Leningradi_Edasi_toimetus, lk 16
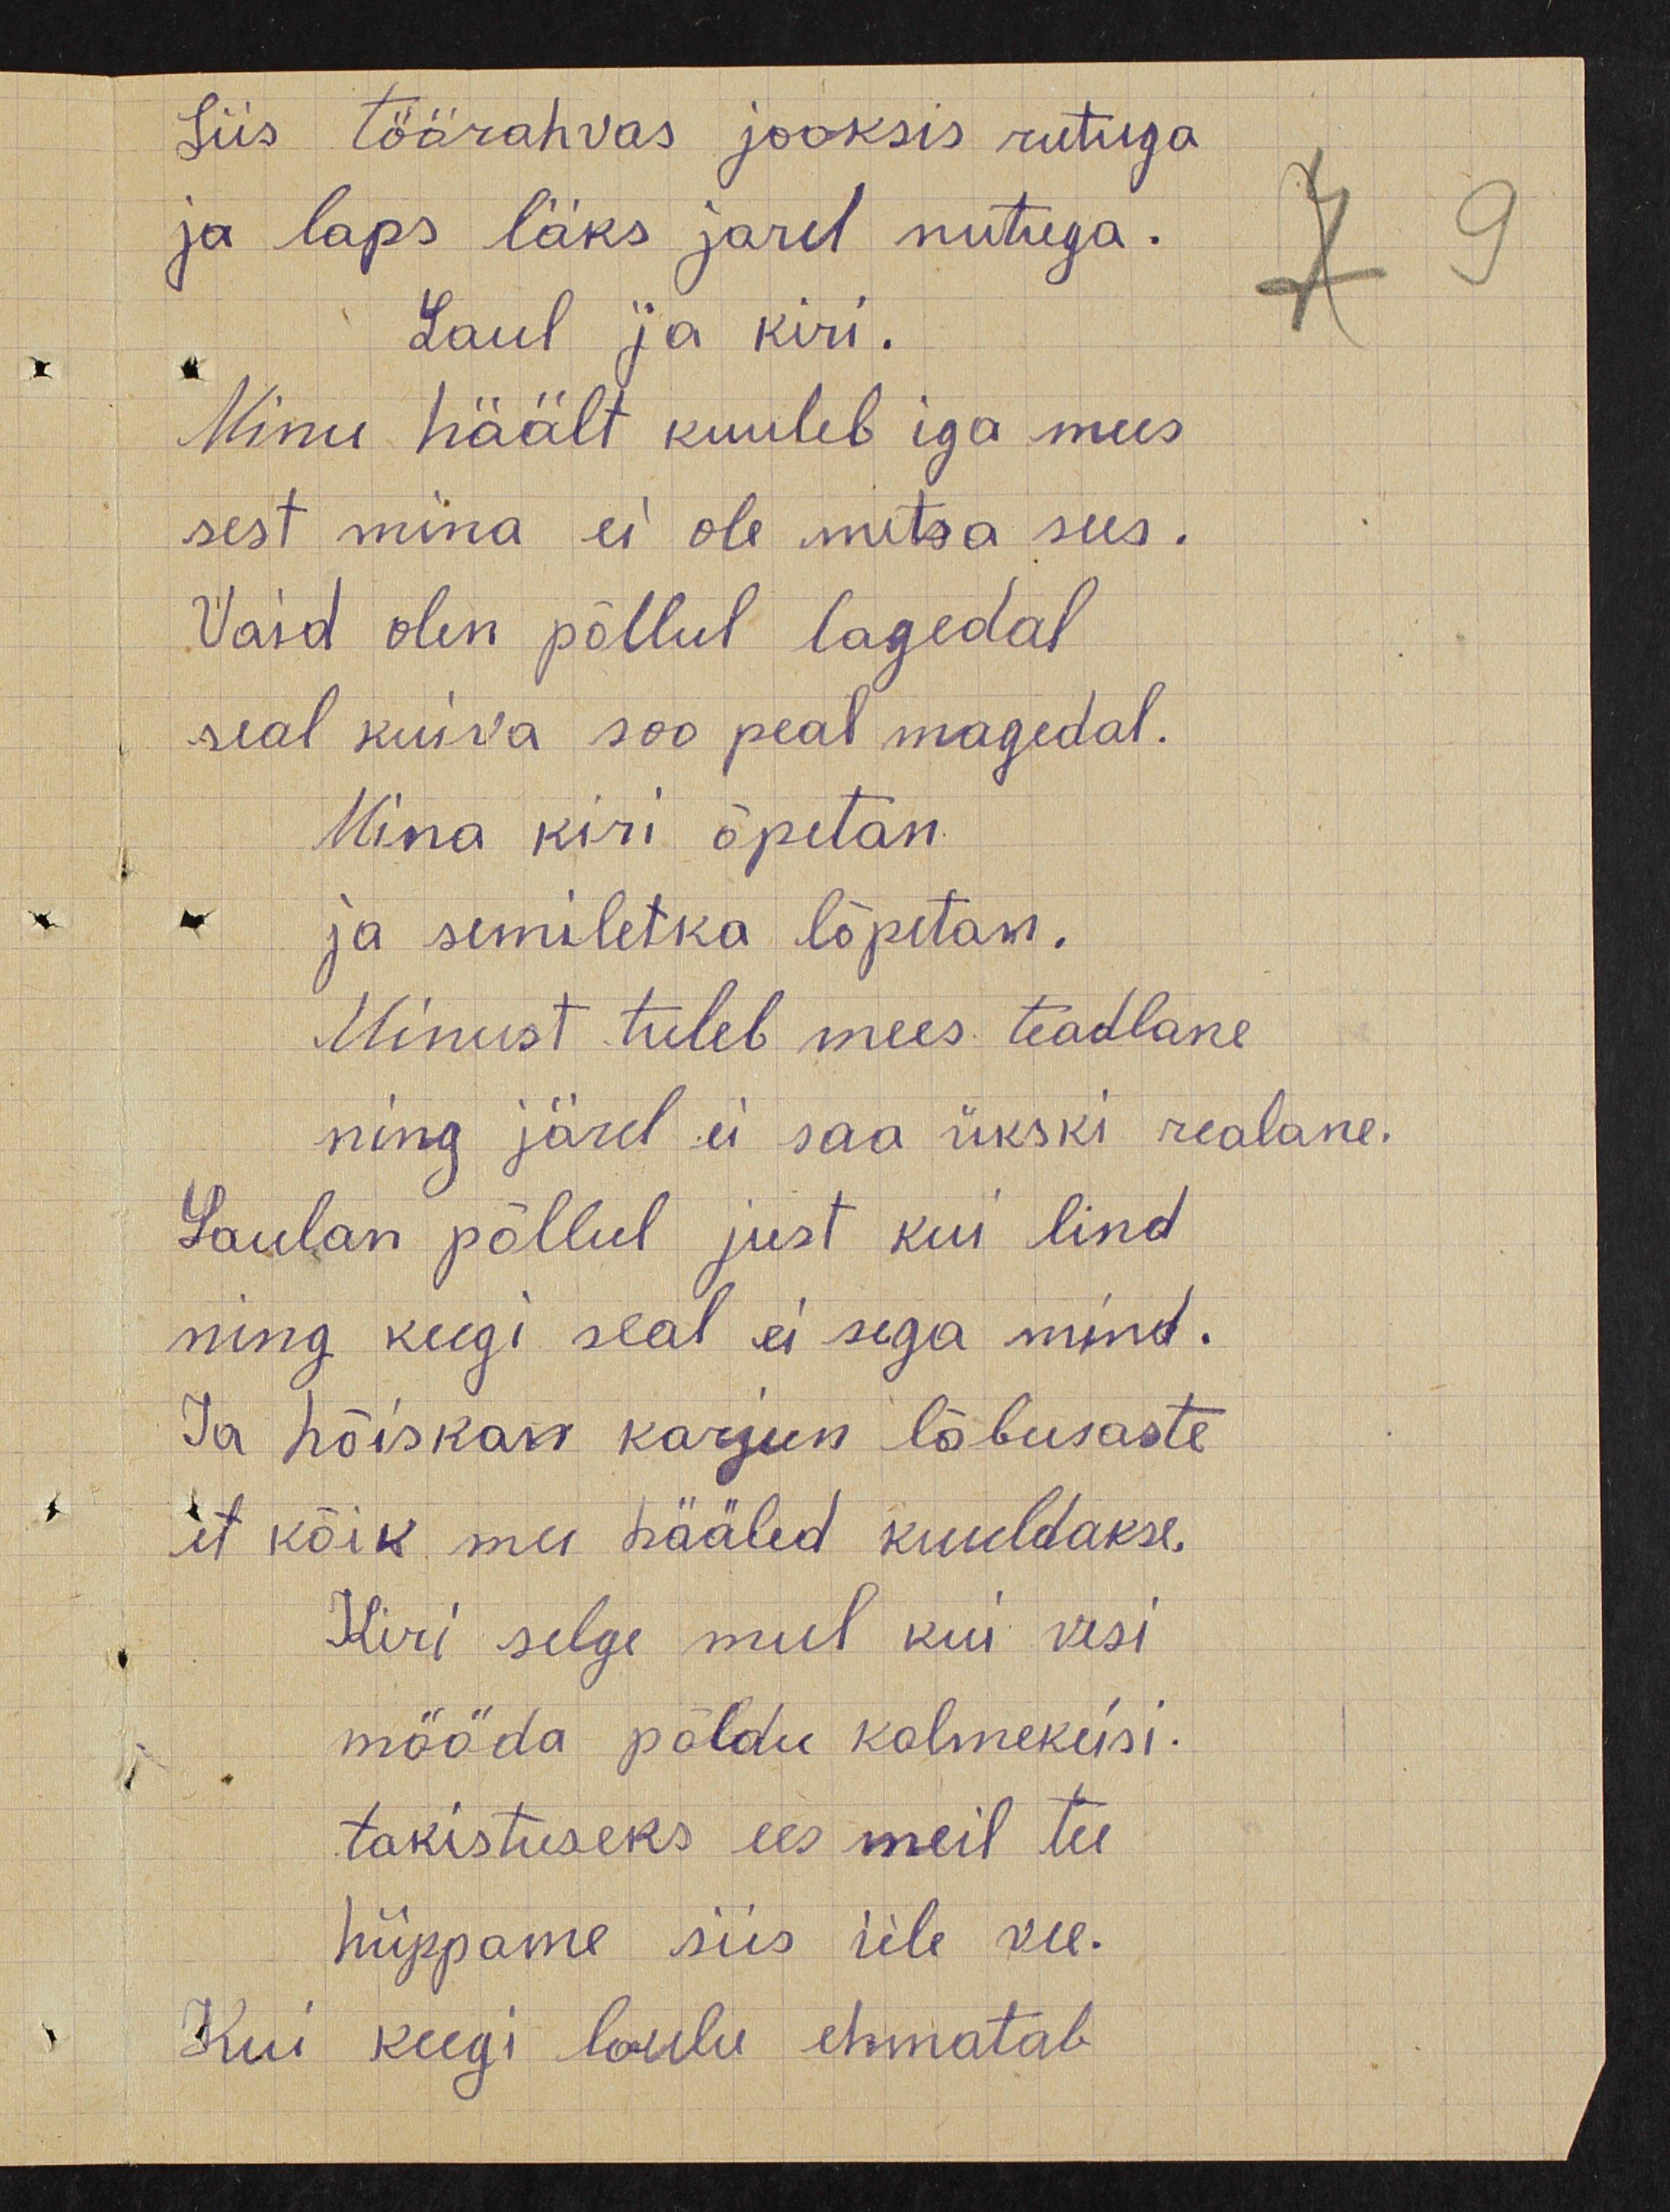
Siis töörahvas  jooksis rutuga
ja laps läks jarel nutuga.
Laul  ja kiri
Minu häält kuuleb iga mees
sest mina ei ole metsa sees.
Vaid olen põllul lagedal
seal kuiva soo peal magedal.
Mina kiri õpetan
ja semiletka lõpetasin
Minust tuleb mees teadlane
ning järel ei saa ükski realane.
Laulan põllul just kui lind
ning keegi seal ei sega mind.
Ja  hõiskan karjun lõbusaste
et  kõik mu  hääled kuuldakse.
Kiri selge mul kui vesi
mööda põldu kolmekeisi.
takistuseks ees meil tee
hüppame  siis  üle vee.
Kui keegi laulu ehmatab